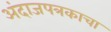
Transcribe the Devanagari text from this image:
अंदाजपत्रकाचा